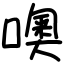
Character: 噢